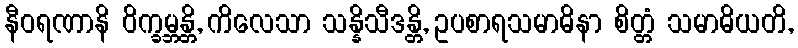
နီဝရဏာနိ ဝိက္ခမ္ဘန္တိ, ကိလေသာ သန္နိသီဒန္တိ, ဥပစာရသမာဓိနာ စိတ္တံ သမာဓိယတိ,